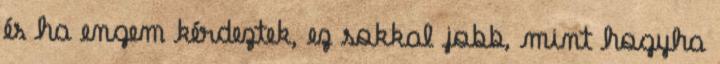
és ha engem kérdeztek, ez sokkal jobb, mint hogyha